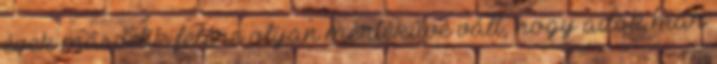
évek második felére olyan mértékűvé vált, hogy azok már